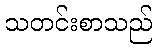
သတင်းစာသည်